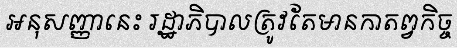
អនុសញ្ញានេះ រដ្ឋាភិបាលត្រូវតែមានកាតព្វកិច្ច